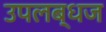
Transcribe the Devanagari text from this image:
उपलब्धज